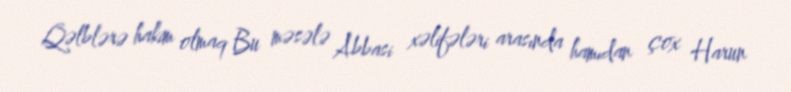
Qəlblərə hakim olmaq Bu məsələ Abbasi xəlifələri arasında hamıdan çox Harun